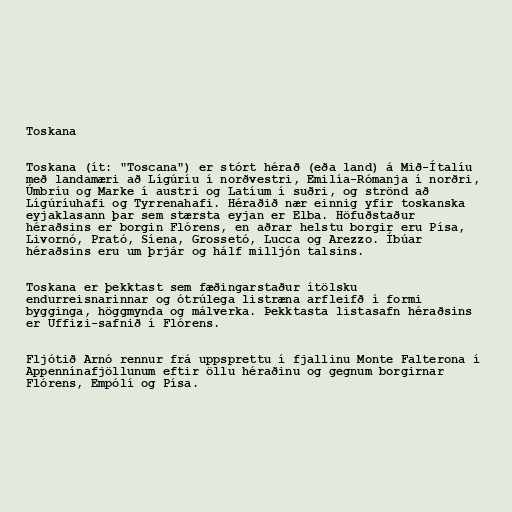
Toskana

Toskana (ít: "Toscana") er stórt hérað (eða land) á Mið-Ítalíu
með landamæri að Lígúríu í norðvestri, Emilía-Rómanja í norðri,
Úmbríu og Marke í austri og Latíum í suðri, og strönd að
Lígúríuhafi og Tyrrenahafi. Héraðið nær einnig yfir toskanska
eyjaklasann þar sem stærsta eyjan er Elba. Höfuðstaður
héraðsins er borgin Flórens, en aðrar helstu borgir eru Písa,
Livornó, Prató, Síena, Grossetó, Lucca og Arezzo. Íbúar
héraðsins eru um þrjár og hálf milljón talsins.

Toskana er þekktast sem fæðingarstaður ítölsku
endurreisnarinnar og ótrúlega listræna arfleifð í formi
bygginga, höggmynda og málverka. Þekktasta listasafn héraðsins
er Uffizi-safnið í Flórens.

Fljótið Arnó rennur frá uppsprettu í fjallinu Monte Falterona í
Appennínafjöllunum eftir öllu héraðinu og gegnum borgirnar
Flórens, Empólí og Písa.